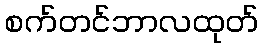
စက်တင်ဘာလထုတ်